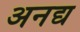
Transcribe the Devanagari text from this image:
अनद्य